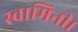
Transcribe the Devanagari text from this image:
स्वामिनी।